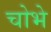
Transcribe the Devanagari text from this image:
चोभे